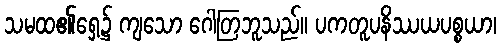
သမထ၏ရှေ့၌ ကျသော ဂေါတြဘူသည်။ ပကတူပနိဿယပစ္စယာ၊